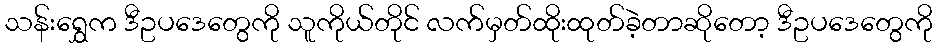
သန်းရွှေက ဒီဥပဒေတွေကို သူကိုယ်တိုင် လက်မှတ်ထိုးထုတ်ခဲ့တာဆိုတော့ ဒီဥပဒေတွေကို